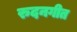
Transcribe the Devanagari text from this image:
रुदनगीत